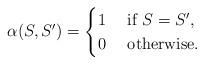
LaTeX: \begin{align*} \alpha(S,S') = \begin{cases} 1 &\textnormal{ if $S=S'$,} \\ 0 &\textnormal{ otherwise.} \end{cases}\end{align*}